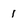
Character: 1